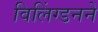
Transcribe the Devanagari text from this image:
विलिंग्डनने